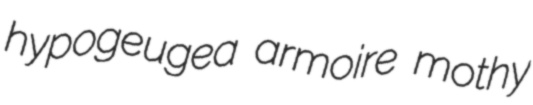
hypogeugea armoire mothy